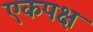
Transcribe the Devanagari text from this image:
एकपक्ष